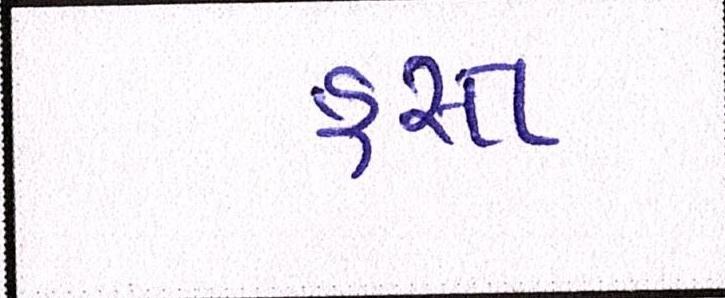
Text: હસ્ત